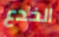
الخدع